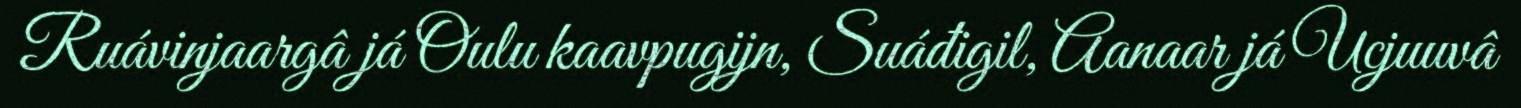
Ruávinjaargâ já Oulu kaavpugijn, Suáđigil, Aanaar já Ucjuuvâ